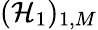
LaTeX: (\mathcal{H}_{1})_{1,M}